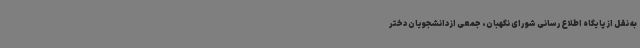
به نقل از پایگاه اطلاع‌رسانی شورای نگهبان، جمعی از دانشجویان دختر